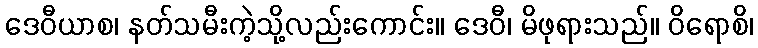
ဒေဝီယာစ၊ နတ်သမီးကဲ့သို့လည်းကောင်း။ ဒေဝီ၊ မိဖုရားသည်။ ဝိရောစိ၊